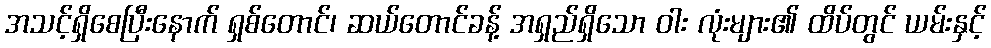
အသင့်ရှိစေပြီးနောက် ရှစ်တောင်၊ ဆယ်တောင်ခန့် အရှည်ရှိသော ဝါး လုံးများ၏ ထိပ်တွင် ယမ်းနှင့်